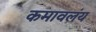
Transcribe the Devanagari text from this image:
कमावलंय